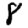
Digit: 8